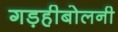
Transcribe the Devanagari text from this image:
गड़हीबोलनी